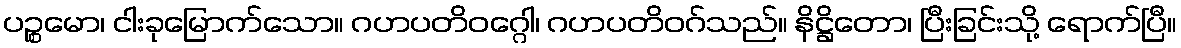
ပဉ္စမော၊ ငါးခုမြောက်သော။ ဂဟပတိဝဂ္ဂေါ၊ ဂဟပတိဝဂ်သည်။ နိဋ္ဌိတော၊ ပြီးခြင်းသို့ ရောက်ပြီ။